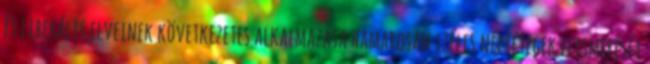
és liberális elveinek következetes alkalmazása hamarosan széles néprétegek elismerését